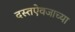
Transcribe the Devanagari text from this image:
दस्तऐवजाच्या